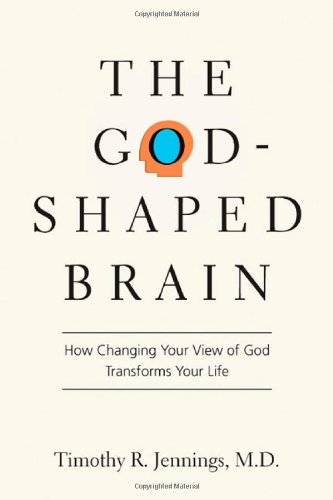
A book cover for The God-Shaped Brain: How Changing Your View of God Transforms Your Life; Timothy R. Jennings  M.D.; Medical Books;